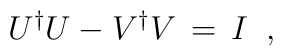
U^\dagger U - V^\dagger V\,=\,I  \;\;,